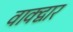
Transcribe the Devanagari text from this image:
वाक्द्वार